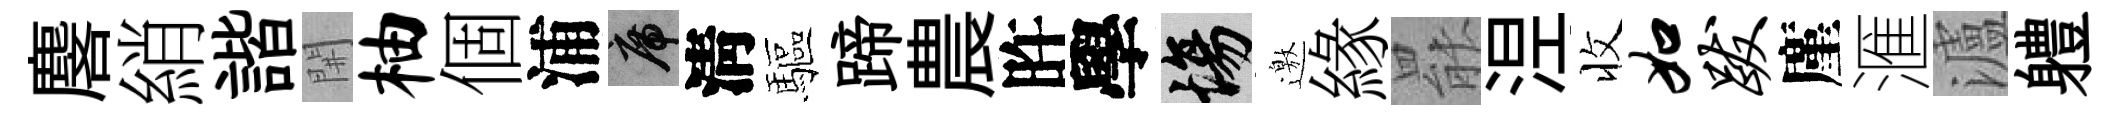
麐綃諧𨳩柚個浦席淸驅蹄農旿學場邀緣罷𣵀收如跋廑滙瀘軆